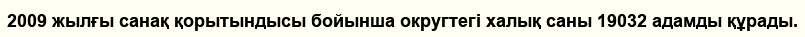
2009 жылғы санақ қорытындысы бойынша округтегі халық саны 19032 адамды құрады.